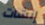
إنشات